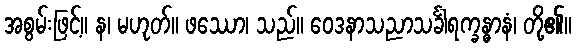
အစွမ်းဖြင့်။ န၊ မဟုတ်။ ဖဿော၊ သည်။ ဝေဒနာသညာသင်္ခါရက္ခန္ဓာနံ၊ တို့၏။